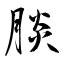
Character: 腅